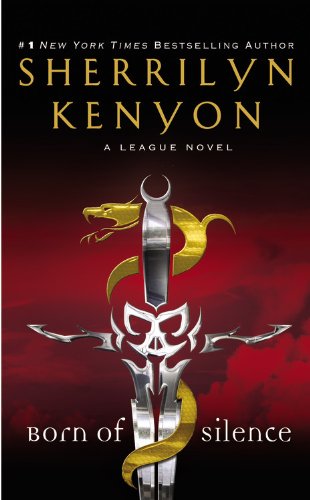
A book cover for Born of Silence (The League); Sherrilyn Kenyon; Romance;